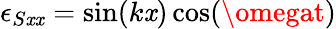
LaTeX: \epsilon_{S\mathit{x}\mathit{x}}=\sin(k\mathit{x})\cos(\omegat)